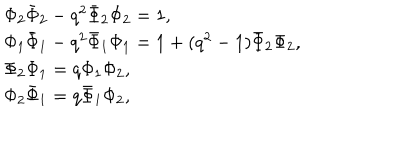
\begin{array} { l } { { \Phi _ { 2 } \bar { \Phi } _ { 2 } - q ^ { 2 } \bar { \Phi } _ { 2 } \Phi _ { 2 } = 1 , } } \\ { { \Phi _ { 1 } \bar { \Phi } _ { 1 } - q ^ { 2 } \bar { \Phi } _ { 1 } \Phi _ { 1 } = 1 + ( q ^ { 2 } - 1 ) \bar { \Phi } _ { 2 } \Phi _ { 2 } , } } \\ { { \Phi _ { 2 } \Phi _ { 1 } = q \Phi _ { 1 } \Phi _ { 2 } , } } \\ { { \Phi _ { 2 } \bar { \Phi } _ { 1 } = q \bar { \Phi } _ { 1 } \Phi _ { 2 } , } } \\ \end{array}